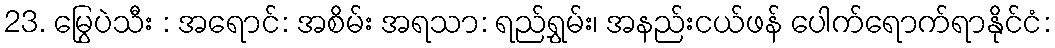
23. မြွေပဲသီး : အရောင်: အစိမ်း အရသာ: ရည်ရွှမ်း၊ အနည်းငယ်ဖန် ပေါက်ရောက်ရာနိုင်ငံ: